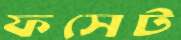
ফসেট